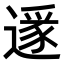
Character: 𨖡